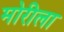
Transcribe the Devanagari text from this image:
मोरीला